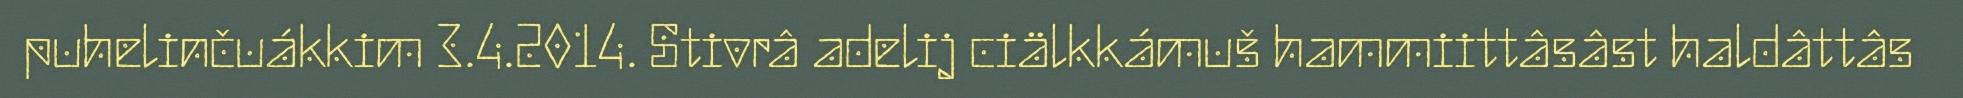
puhelinčuákkim 3.4.2014. Stivrâ adelij ciälkkámuš hammiittâsâst haldâttâs